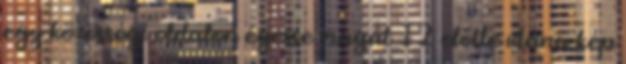
egy közösségi oldalon égesse magát 12 előtte utána kép